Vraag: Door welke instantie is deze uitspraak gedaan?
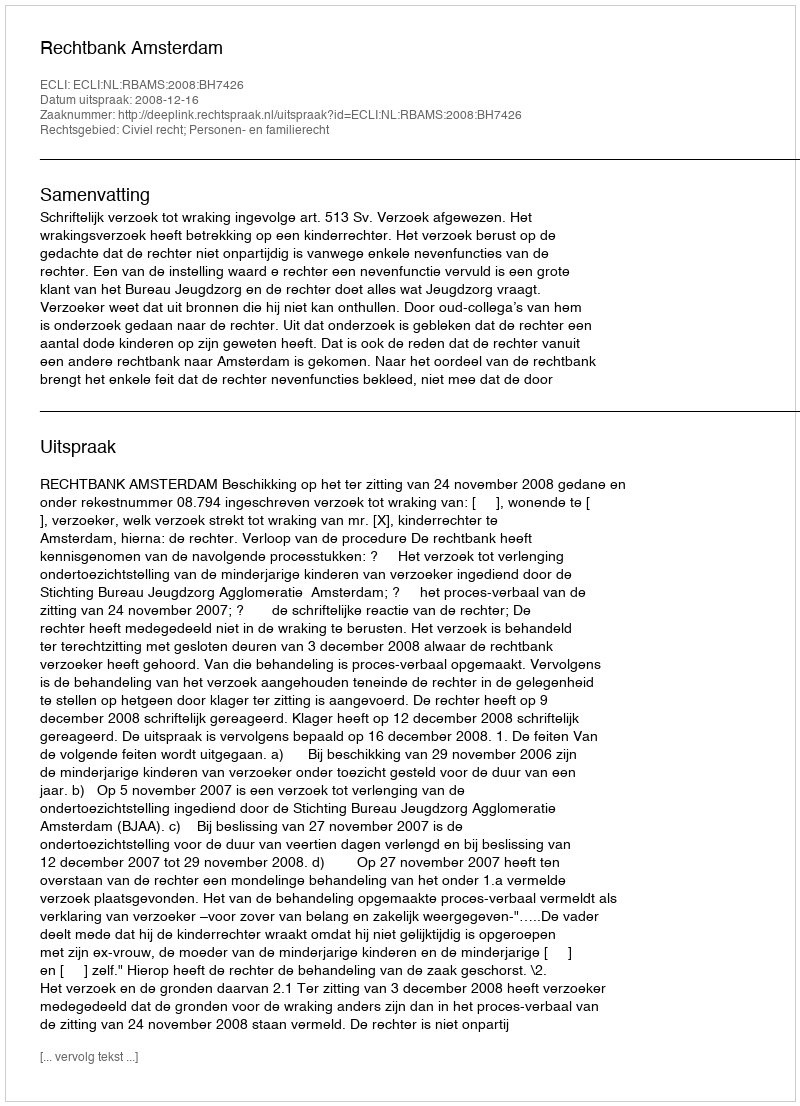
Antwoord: Rechtbank Amsterdam